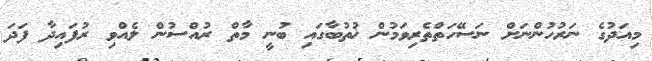
މިއަދުގެ ނަރުހުންނަށް ނަސޭހަތްތެރިވަމުން ޚުތުބާގައި ބުނީ މާތް ރުއްސުން ލެއްވި ރުފައިދާ ފަދަ